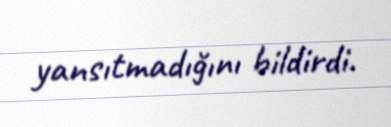
yansıtmadığını bildirdi.